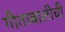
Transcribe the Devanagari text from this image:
गीताबालीची